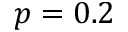
p = 0 . 2